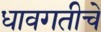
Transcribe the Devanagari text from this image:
धावगतीचे